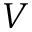
V